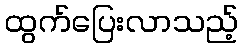
ထွက်ပြေးလာသည့်